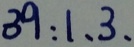
3 9 : 1 、 3 、